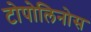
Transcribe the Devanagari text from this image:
टोपोलिनोस